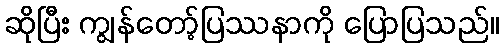
ဆိုပြီး ကျွန်တော့်ပြဿနာကို ပြောပြသည်။